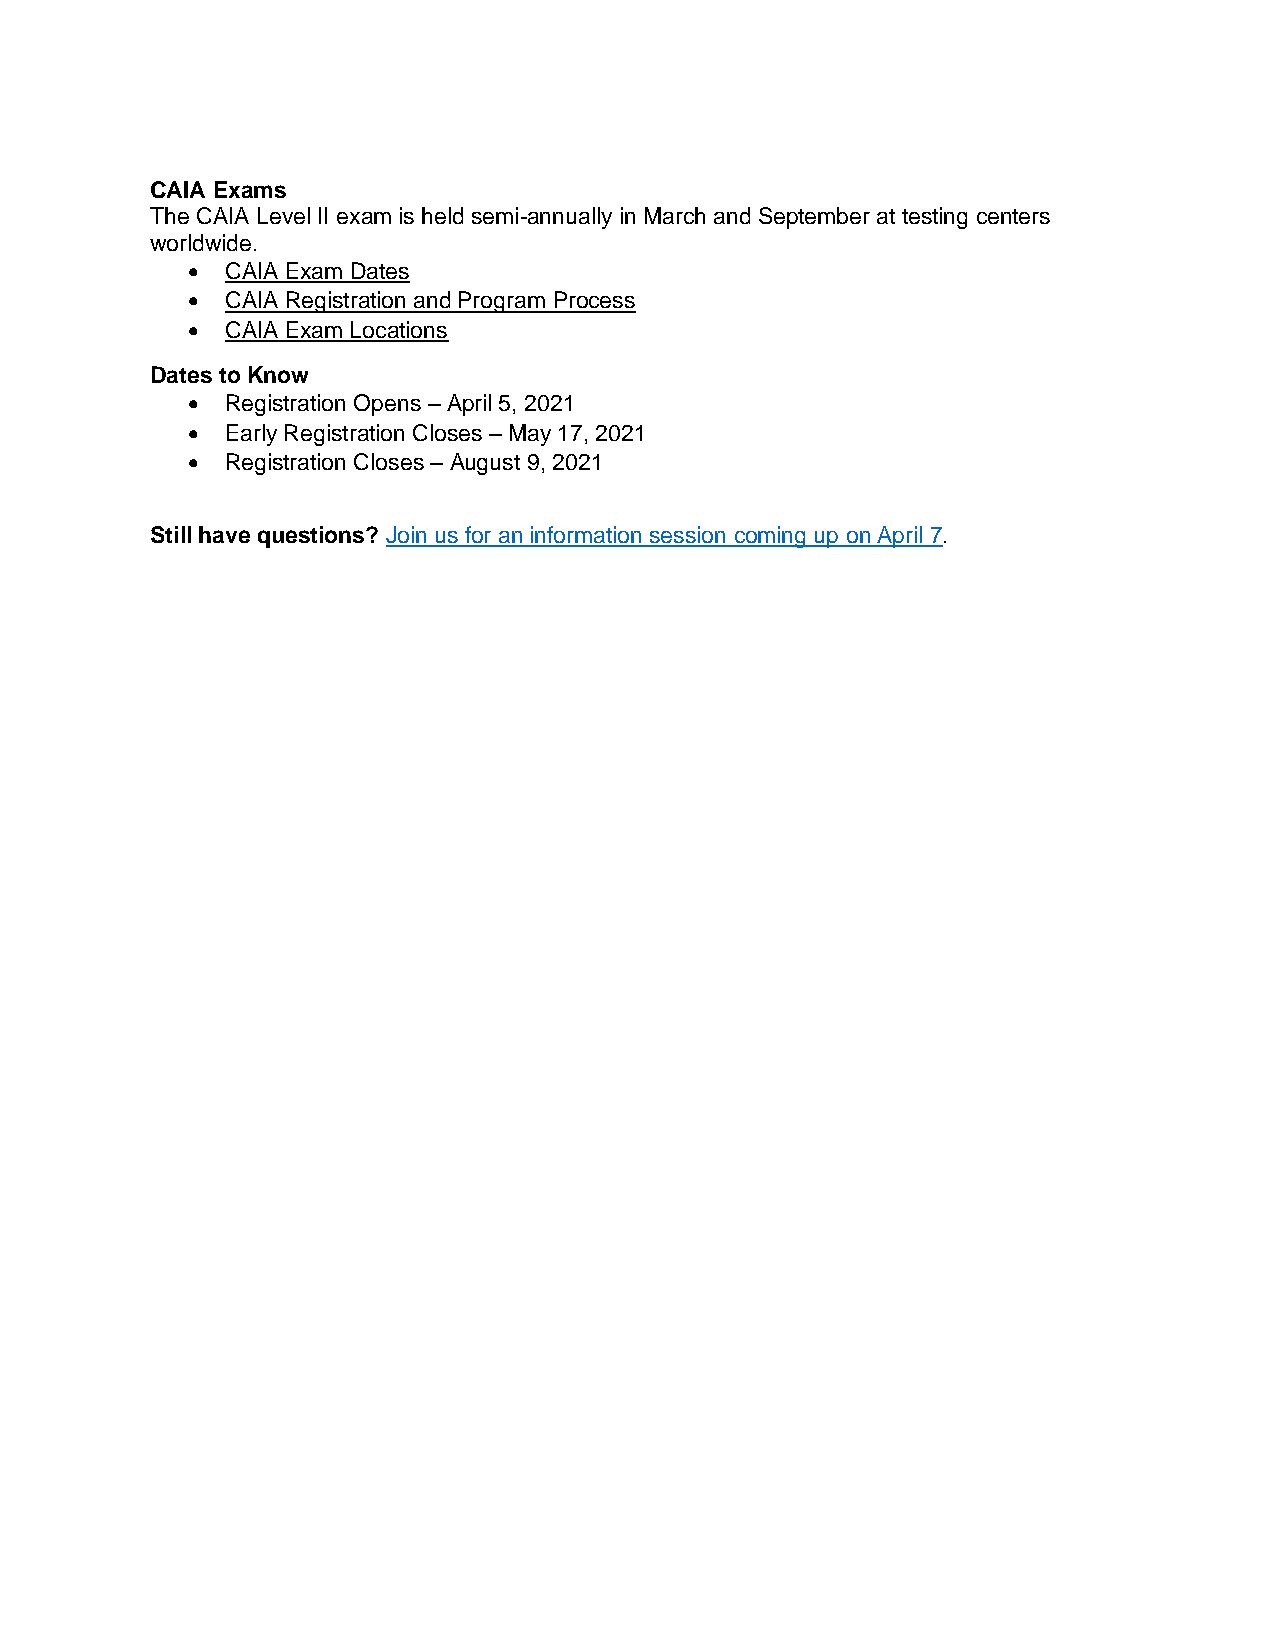
CAIA Exams
 The CAIA Level II exam is held semi-annually in March and September at testing centers
 worldwide.
 •  CAIA Exam Dates
 •  CAIA Registration and Program Process
 •  CAIA Exam Locations
 Dates to Know
 •  Registration Opens – April 5, 2021
 •  Early Registration Closes – May 17, 2021
 •  Registration Closes – August 9, 2021
 Still have questions? Join us for an information session coming up on April 7.